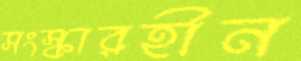
সংস্কারহীন